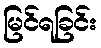
မြင်ရခြင်း